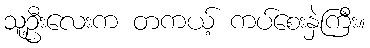
သူ့ဦးလေးက တကယ့် ကပ်စေးနှဲကြီး။